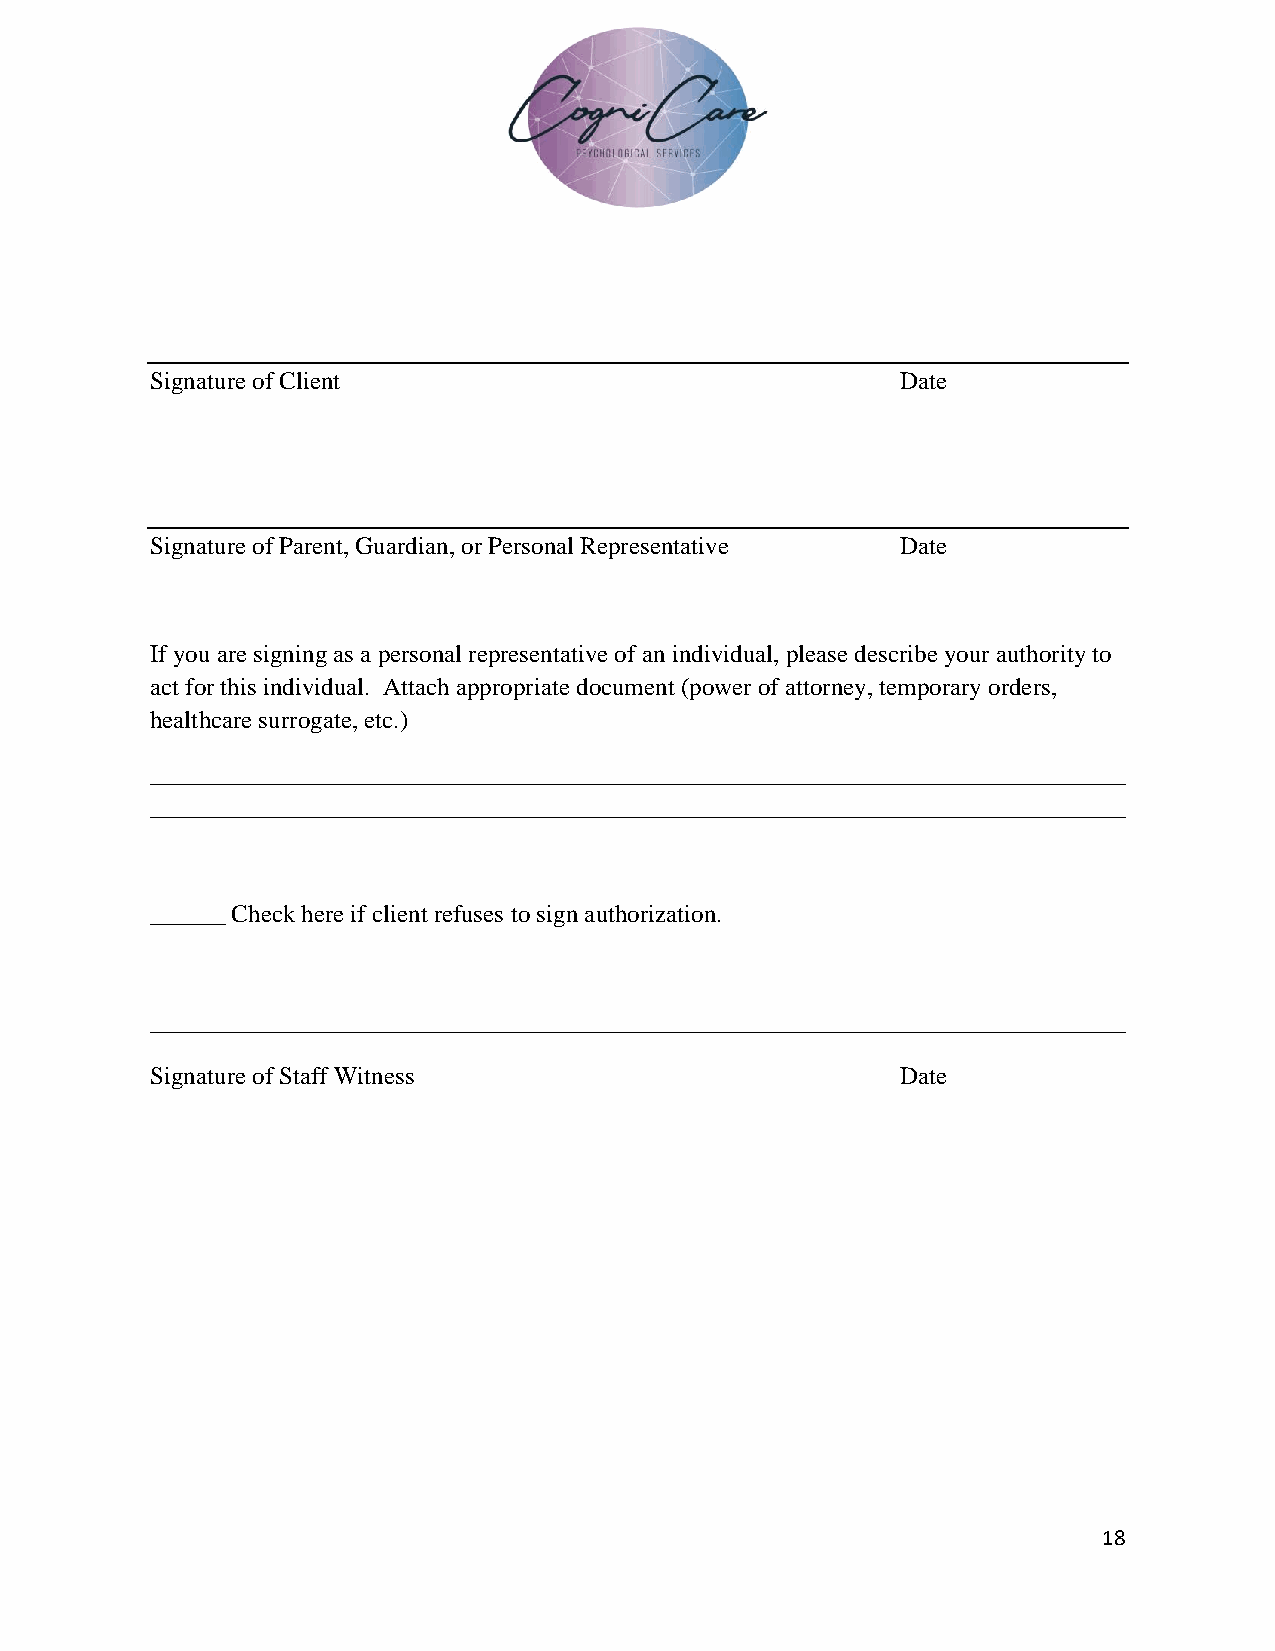
Signature of Client                               Date
 Signature of Parent, Guardian, or Personal Representative Date
 If you are signing as a personal representative of an individual, please describe your authority to
 act for this individual. Attach appropriate document (power of attorney, temporary orders,
 healthcare surrogate, etc.)
 ______________________________________________________________________________
 ______________________________________________________________________________
 ______ Check here if client refuses to sign authorization.
 ______________________________________________________________________________
 Signature of Staff Witness                        Date
 18